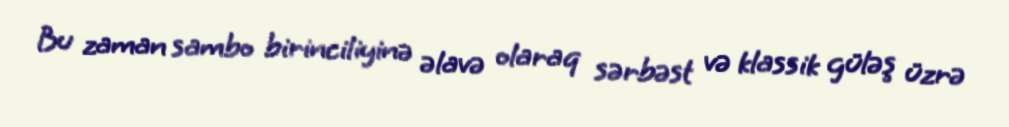
Bu zaman sambo birinciliyinə əlavə olaraq sərbəst və klassik güləş üzrə